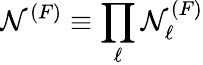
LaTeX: \mathcal{N}^{(F)}\equiv\prod_{\ell}\mathcal{N}_{\ell}^{(F)}